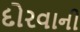
દોરવાની